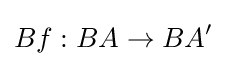
Bf:BA\to BA'